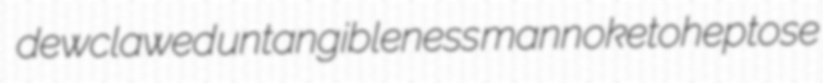
dewclawed untangibleness mannoketoheptose